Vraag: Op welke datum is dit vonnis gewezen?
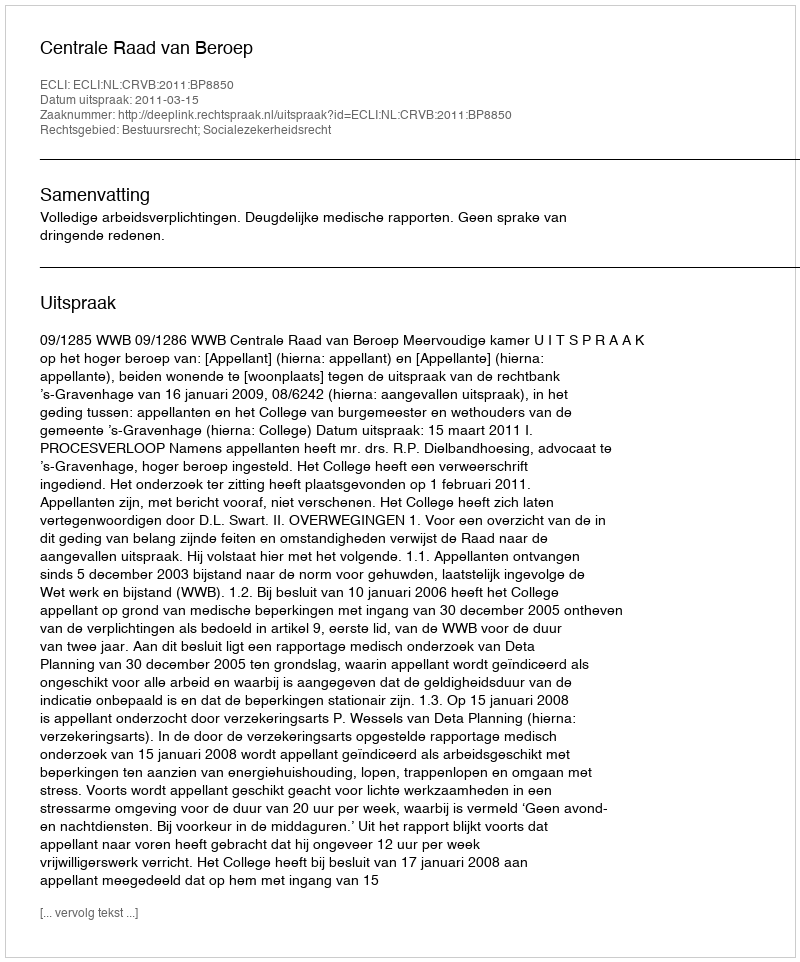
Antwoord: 2011-03-15